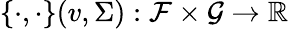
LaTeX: \{ \cdot,\cdot\} (v,\Sigma):\mathcal{F}\times\mathcal{G}\to\mathbb{R}